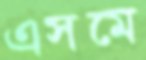
এসমে